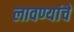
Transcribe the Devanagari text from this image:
लावण्यांचे